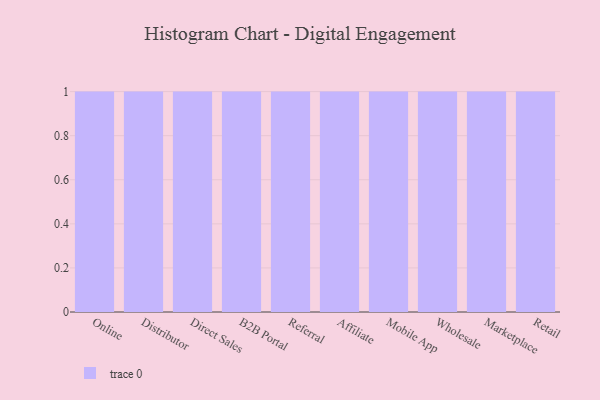
{"axis": {"x": "Channel", "y": "Revenue (USD Million)"}, "legend": [""], "data": [{"x": "Online", "y": 11, "type": ""}, {"x": "Distributor", "y": 64, "type": ""}, {"x": "Direct Sales", "y": 75, "type": ""}, {"x": "B2B Portal", "y": 43, "type": ""}, {"x": "Referral", "y": 26, "type": ""}, {"x": "Affiliate", "y": 25, "type": ""}, {"x": "Mobile App", "y": 17, "type": ""}, {"x": "Wholesale", "y": 77, "type": ""}, {"x": "Marketplace", "y": 57, "type": ""}, {"x": "Retail", "y": 25, "type": ""}]}